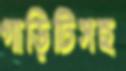
গাড়িটিসহ